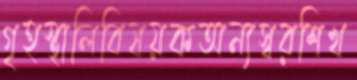
গৃহস্থালিবিষয়কঅন্যস্বরশিখ